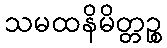
သမထနိမိတ္တဉ္စ